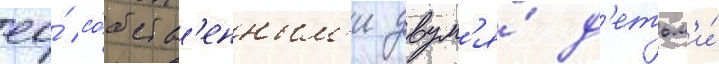
ео́ со́бств'енным'и двум'я́ д'етьм'и́